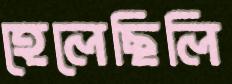
হেলেছিলি